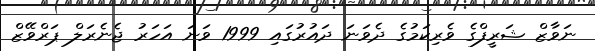
ނަވާޒް ޝަރީފްގެ ވެރިކަމުގެ ދެވަނަ ދައުރުގައި 1999 ވަނަ އަހަރު ޖެނެރަލް ޕަރްވޭޒް